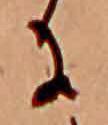
に